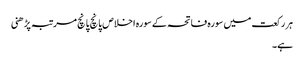
ہر رکعت میں سورہ فاتحہ کے سورہ اخلاص پانچ پانچ مرتبہ پڑھنی
ہے۔